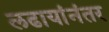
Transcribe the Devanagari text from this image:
लढायांनंतर